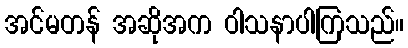
အင်မတန် အဆိုအက ဝါသနာပါကြသည်။